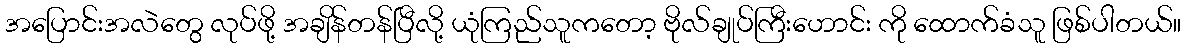
အပြောင်းအလဲတွေ လုပ်ဖို့ အချိန်တန်ပြီလို့ ယုံကြည်သူကတော့ ဗိုလ်ချုပ်ကြီးဟောင်း ကို ထောက်ခံသူ ဖြစ်ပါတယ်။